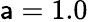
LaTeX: \mathsf{a}=1.0